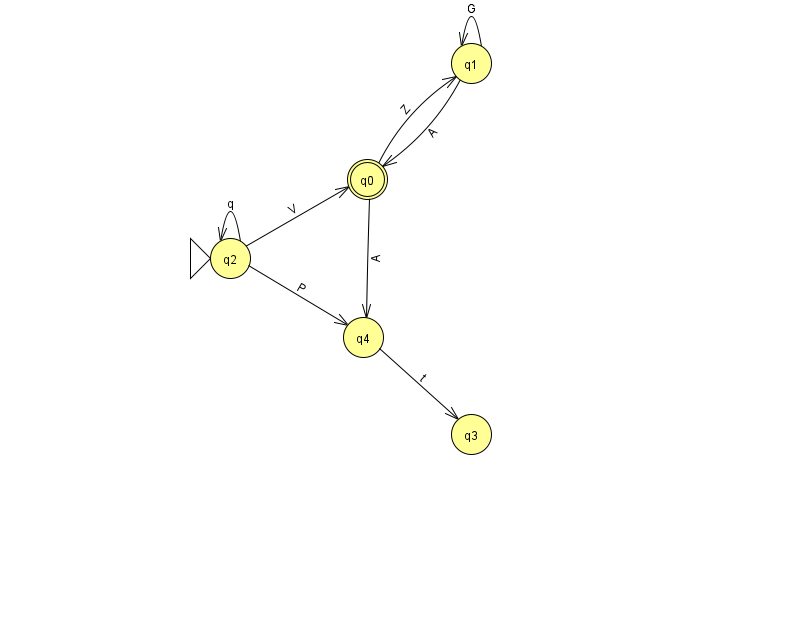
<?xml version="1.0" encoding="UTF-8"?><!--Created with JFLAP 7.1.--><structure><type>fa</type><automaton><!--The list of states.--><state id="0" name="q0"><x>367.0</x><y>166.0</y><final/></state><state id="1" name="q1"><x>471.0</x><y>50.0</y></state><state id="2" name="q2"><x>230.0</x><y>245.0</y><initial/></state><state id="3" name="q3"><x>471.0</x><y>421.0</y></state><state id="4" name="q4"><x>363.0</x><y>324.0</y></state><!--The list of transitions.--><transition><from>2</from><to>2</to><read>q</read></transition><transition><from>2</from><to>4</to><read>P</read></transition><transition><from>0</from><to>4</to><read>A</read></transition><transition><from>1</from><to>0</to><read>A</read></transition><transition><from>2</from><to>0</to><read>V</read></transition><transition><from>1</from><to>1</to><read>G</read></transition><transition><from>4</from><to>3</to><read>t</read></transition><transition><from>0</from><to>1</to><read>Z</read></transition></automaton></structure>